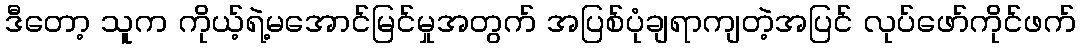
ဒီတော့ သူက ကိုယ့်ရဲ့မအောင်မြင်မှုအတွက် အပြစ်ပုံချရာကျတဲ့အပြင် လုပ်ဖော်ကိုင်ဖက်